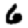
Digit: 6